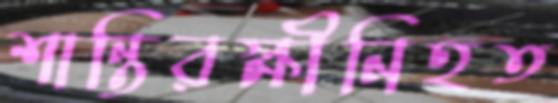
শান্তিরক্ষীনিহত